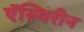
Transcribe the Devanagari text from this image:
ऍस्पिरीन